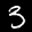
Label: 3